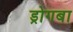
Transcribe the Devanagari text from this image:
ड्रोगबा